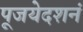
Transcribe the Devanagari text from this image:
पूजयेदशनं